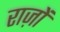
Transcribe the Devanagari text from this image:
राज़ों